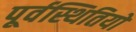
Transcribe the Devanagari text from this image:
पूर्वस्थितियों